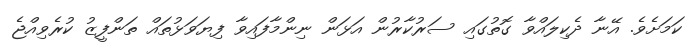
ކަމަށެވެ. އޭނާ ދެކިލައްވާ ގޮތުގައި ސަރުކާރުން އަޅަން ނިންމާފައިވާ ފިޔަވަޅުތައް ތަންފީޒު ކުރެވިއްޖެ